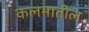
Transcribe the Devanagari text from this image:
कलमातील